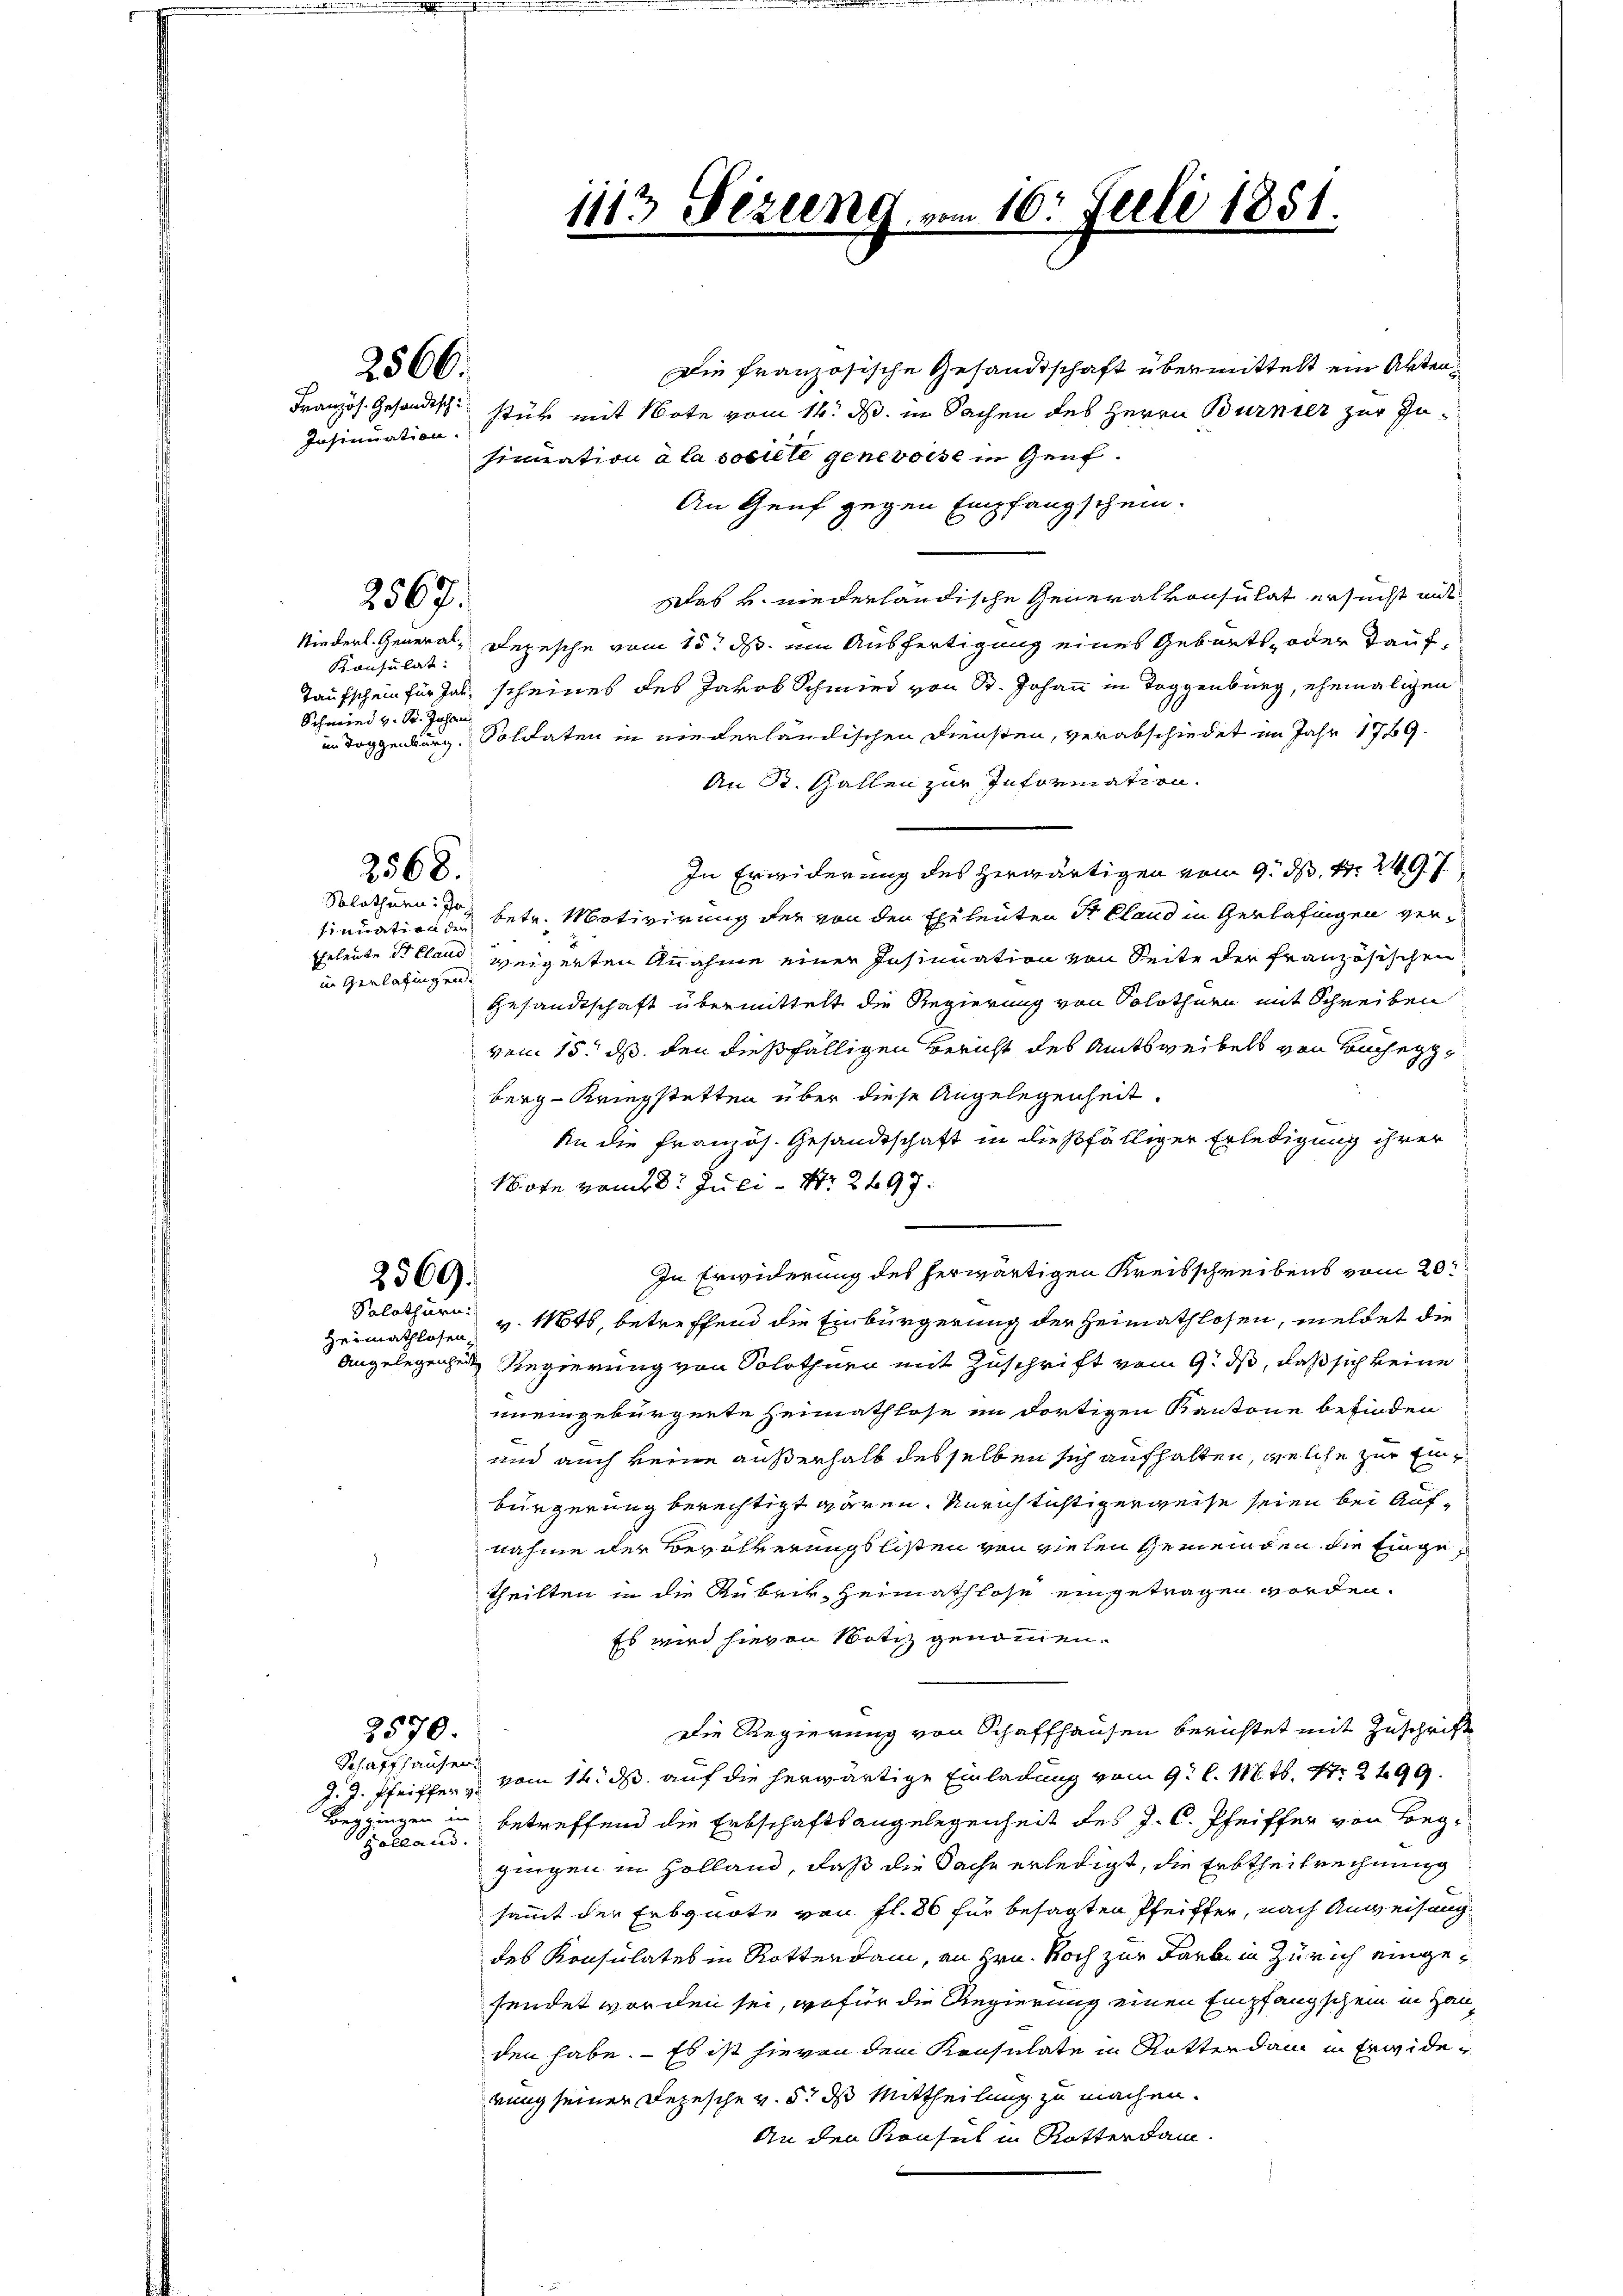
Insinuation.

Konsulat:
Schmied v. St. Johann

Die französische Gesandtschaft übermittelt ein Akten¬
Französ. Gesandtsch stür mit Note vom 16. ds. in Sachen des Herrn Burnier zur Insinuation à la societe Genevoise in Genf.
An Genf gegen Empfangschein.
Was u. niederländische Generalkonsulat ersucht mit
Depesche vom 15t ds ein Ausfertigung eines Geburts- oder Tauf¬
Taufschein für Jahr scheines des Jakob Schmied von St. Johann in Toggenburg, ehemaligen
in Doggenburg, Soldaten in niederländischen Diensten, verabschiedet im Jahr 1789.
An R. Gallen zur Information.
In Erwiderung des herwärtigen vom 9. d. 1. 249 f
Solothurn betr. Motivirung der von den Eheleuten Sr. Eland in Gerlafingen versinuation der
Eheleute St Claud
weigerten Annahme einer Insinuation von Seite der französischen
in Gerlafingen.
Gesandtschaft übermittelt die Regierung von Solothurn mit Schreiben
vom 15. ds den dießfälligen Bericht des Amtsweibels von Bucheggberg-Kriegstetten über diese Angelegenheit.
An die französ. Gesandtschaft in dießfälliger Erledigung ihrer
Note vom 8. Juli Nr 297.
In Erwiderung des herwärtigen Kreisschreibens vom 20.
2569.
Solothurn v. Mts, betreffend die Einbürgerung der Heimathlosen, meldet die
Heimathlosen.
Angelegenheite
Regierung von Solothurn mit Zuschrift vom 9. ds, daß sich keine
uneingebürgente Heimathlose im dortigen Kantone befinden
und auch keine außerhalb desselben sich aufhalten, welche zur Einbürgerung berechtigt wären. Unrichtichtigerweise seien bei Aufnahme der Bevölkerungslisten von vielen Gemeinden die Eingetheilten in die Rubrik, Heimathlose eingetragen worden.
Es wird hievon Notiz genommen.
Die Regierung von Schaffhausen berichtet mit Zuschrift
2570.
Schaffhauser
1. d. Pfeiffer vom 14. ds. auf die herwärtige Einladung vom 9. l. Mts. 17. 2499.
Beggingen in betreffend die Erbschaftsangelegenheit des J. C. Pfeiffer von Begpelland.
gingen in Holland, daß die Sache erledigt, die Erbtheilrechnung
sammt der Erbquote von fl. 86 für besagten Pfeiffer, nach Anweisung
des Konsulates in Rotterdam, an Hrn. Noch zur Farbe in Zürich eingesendet worden sei, wofür die Regierung einen Empfangschein in Hauden habe. - Es ist hievon dem Konsulate in Rotter dam in Erwiderung seiner Depesche v. 5. ds Mittheilung zu machen.
An den Konsul in Rotterdam.

2566.

2567.

Niederl. General¬

2568.

1113 Sizung

16. Juli 1851.